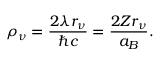
\rho _ { \nu } = \frac { 2 \lambda r _ { \nu } } { \hbar c } = \frac { 2 Z r _ { \nu } } { a _ { B } } .